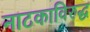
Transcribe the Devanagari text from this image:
नाटकाविरुद्ध